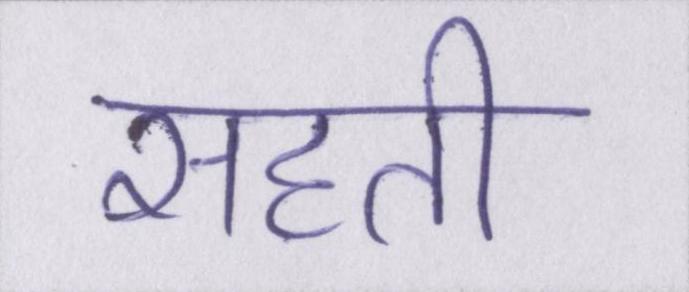
सहती